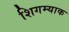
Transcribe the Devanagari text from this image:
शिगम्याक